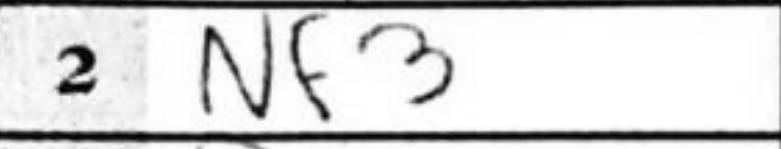
Transcription: Nf3